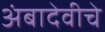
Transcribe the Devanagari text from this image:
अंबादेवीचे